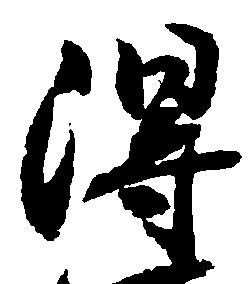
得